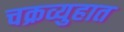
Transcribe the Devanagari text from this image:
चक्रव्युहात